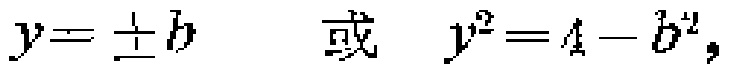
$y = \pm b \quad 或 \quad y^{2}=4 - b^{2},$